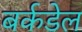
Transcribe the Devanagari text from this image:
बर्कडेल